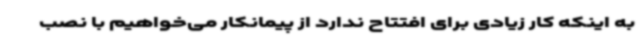
به اینکه کار زیادی برای افتتاح ندارد از پیمانکار می‌خواهیم با نصب